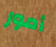
أمور